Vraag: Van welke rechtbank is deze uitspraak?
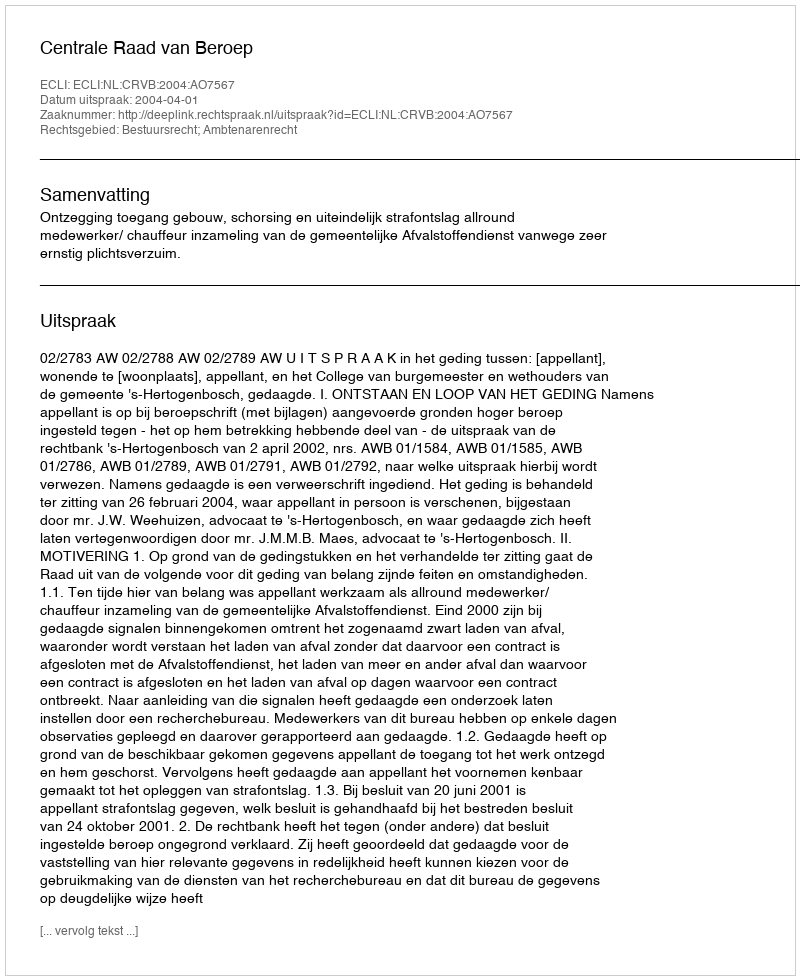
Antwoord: Centrale Raad van Beroep